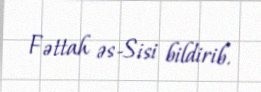
Fəttah əs-Sisi bildirib.